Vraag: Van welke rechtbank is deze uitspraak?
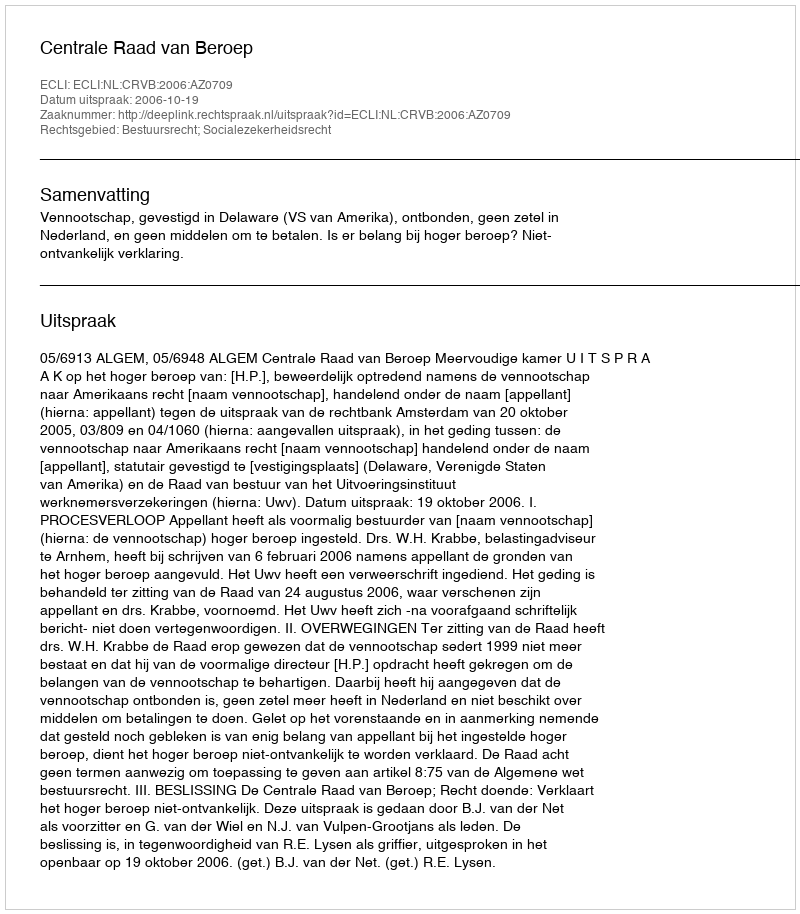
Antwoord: Centrale Raad van Beroep